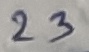
Text: 23